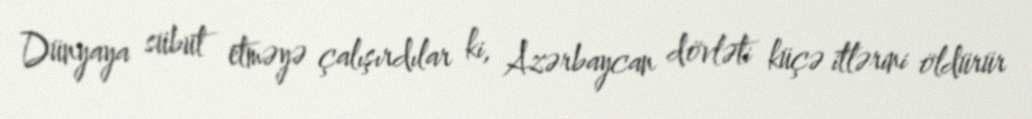
Dünyaya sübut etməyə çalışırdılar ki, Azərbaycan dövləti küçə itlərini öldürür